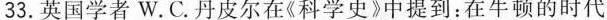
33.英国学者W.C.丹皮尔在《科学史》中提到：在牛顿的时代